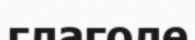
глаголе